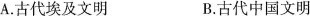
A.古代埃及文明 B.古代中国文明